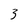
Character: 3